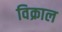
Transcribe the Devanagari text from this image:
विक्राल